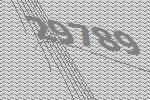
29789